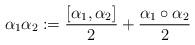
LaTeX: \begin{align*}\alpha_{1}\alpha_{2}:=\frac{[\alpha_{1},\alpha_{2}]}{2}+\frac{\alpha_{1}\circ\alpha_{2}}{2}\end{align*}